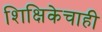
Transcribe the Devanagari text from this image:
शिक्षिकेचाही